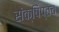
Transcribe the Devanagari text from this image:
संक्षिप्तच